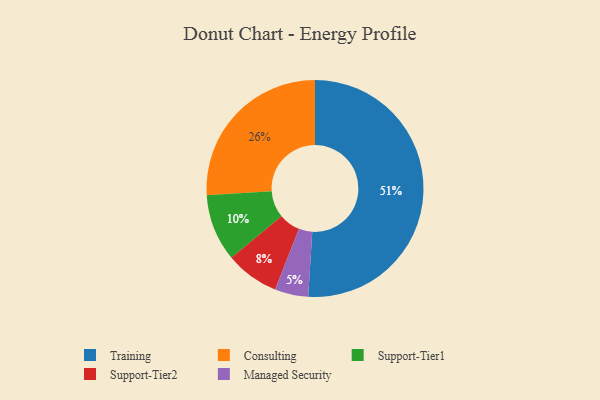
{"axis": {"x": "Category", "y": "Percentage"}, "legend": ["Consulting", "Managed Security", "Support-Tier1", "Support-Tier2", "Training"], "data": [{"x": "Support-Tier2", "y": 8, "type": "Support-Tier2"}, {"x": "Managed Security", "y": 5, "type": "Managed Security"}, {"x": "Consulting", "y": 26, "type": "Consulting"}, {"x": "Training", "y": 51, "type": "Training"}, {"x": "Support-Tier1", "y": 10, "type": "Support-Tier1"}]}